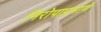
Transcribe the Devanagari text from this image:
निरोपाप्रमाणे